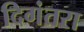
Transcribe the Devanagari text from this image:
दिगंतरा